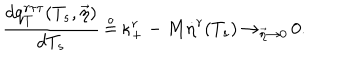
LaTeX: { \frac { d q _ { T } ^ { r \tau \tau } ( T _ { s } , \vec { \eta } ) } { d T _ { s } } } \, { \frac { \buildrel \circ } { = } } \, \kappa _ { + } ^ { r } - M { \dot { \eta } } ^ { r } ( T _ { s } ) \, { \rightarrow } _ { \vec { \eta } \rightarrow 0 } \, 0 .